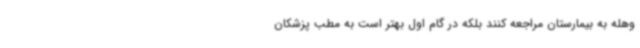
وهله به بیمارستان مراجعه کنند بلکه در گام اول بهتر است به مطب پزشکان